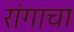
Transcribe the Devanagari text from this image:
रांगाचा